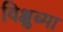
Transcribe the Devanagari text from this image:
विक्षुब्मा